Civil Veterinary Dept. Bombay admin report 1900-1906 - 1900-1906
Year: 1900
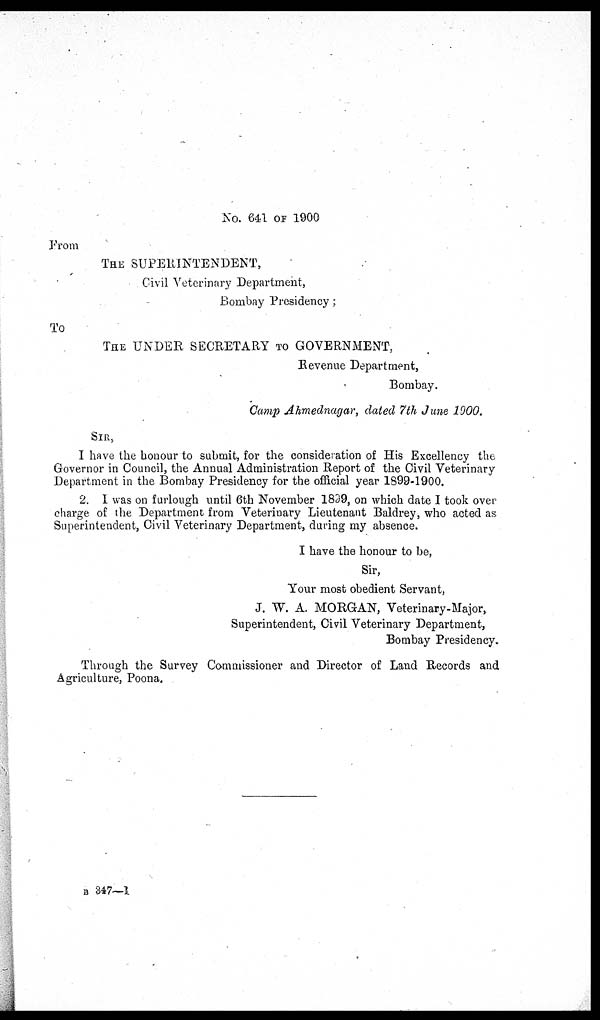
No. 641 OF 1900
From
THE SUPERINTENDENT,
Civil Veterinary Department,
Bombay Presidency;
To
THE UNDER SECRETARY TO GOVERNMENT,
Revenue Department,
Bombay.
Camp Ahmednagar, dated 7th June 1900.
SIR,
I have the honour to submit, for the consideration of His Excellency the
Governor in Council, the Annual Administration Report of the Civil Veterinary
Department in the Bombay Presidency for the official year 1899-1900.
2. 1 was on furlough until 6th November 1899, on which date I took over
charge of the Department from Veterinary Lieutenant Baldrey, who acted as
Superintendent, Civil Veterinary Department, during my absence.
I have the honour to be,
Sir,
Your most obedient Servant,
J. W. A. MORGAN, Veterinary-Major,
Superintendent, Civil Veterinary Department,
Bombay Presidency.
Through the Survey Commissioner and Director of Land Records and
Agriculture, Poona.
B 347—1